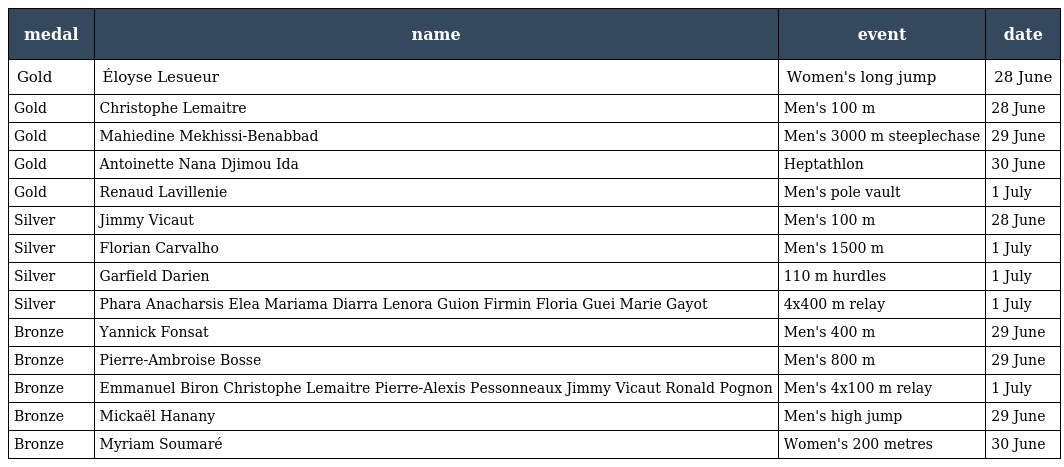
| medal | name | event | date |
 | --- | --- | --- | --- |
 | Gold | Éloyse Lesueur | Women's long jump | 28 June |
 | Gold | Christophe Lemaitre | Men's 100 m | 28 June |
 | Gold | Mahiedine Mekhissi-Benabbad | Men's 3000 m steeplechase | 29 June |
 | Gold | Antoinette Nana Djimou Ida | Heptathlon | 30 June |
 | Gold | Renaud Lavillenie | Men's pole vault | 1 July |
 | Silver | Jimmy Vicaut | Men's 100 m | 28 June |
 | Silver | Florian Carvalho | Men's 1500 m | 1 July |
 | Silver | Garfield Darien | 110 m hurdles | 1 July |
 | Silver | Phara Anacharsis Elea Mariama Diarra Lenora Guion Firmin Floria Guei Marie Gayot | 4x400 m relay | 1 July |
 | Bronze | Yannick Fonsat | Men's 400 m | 29 June |
 | Bronze | Pierre-Ambroise Bosse | Men's 800 m | 29 June |
 | Bronze | Emmanuel Biron Christophe Lemaitre Pierre-Alexis Pessonneaux Jimmy Vicaut Ronald Pognon | Men's 4x100 m relay | 1 July |
 | Bronze | Mickaël Hanany | Men's high jump | 29 June |
 | Bronze | Myriam Soumaré | Women's 200 metres | 30 June |